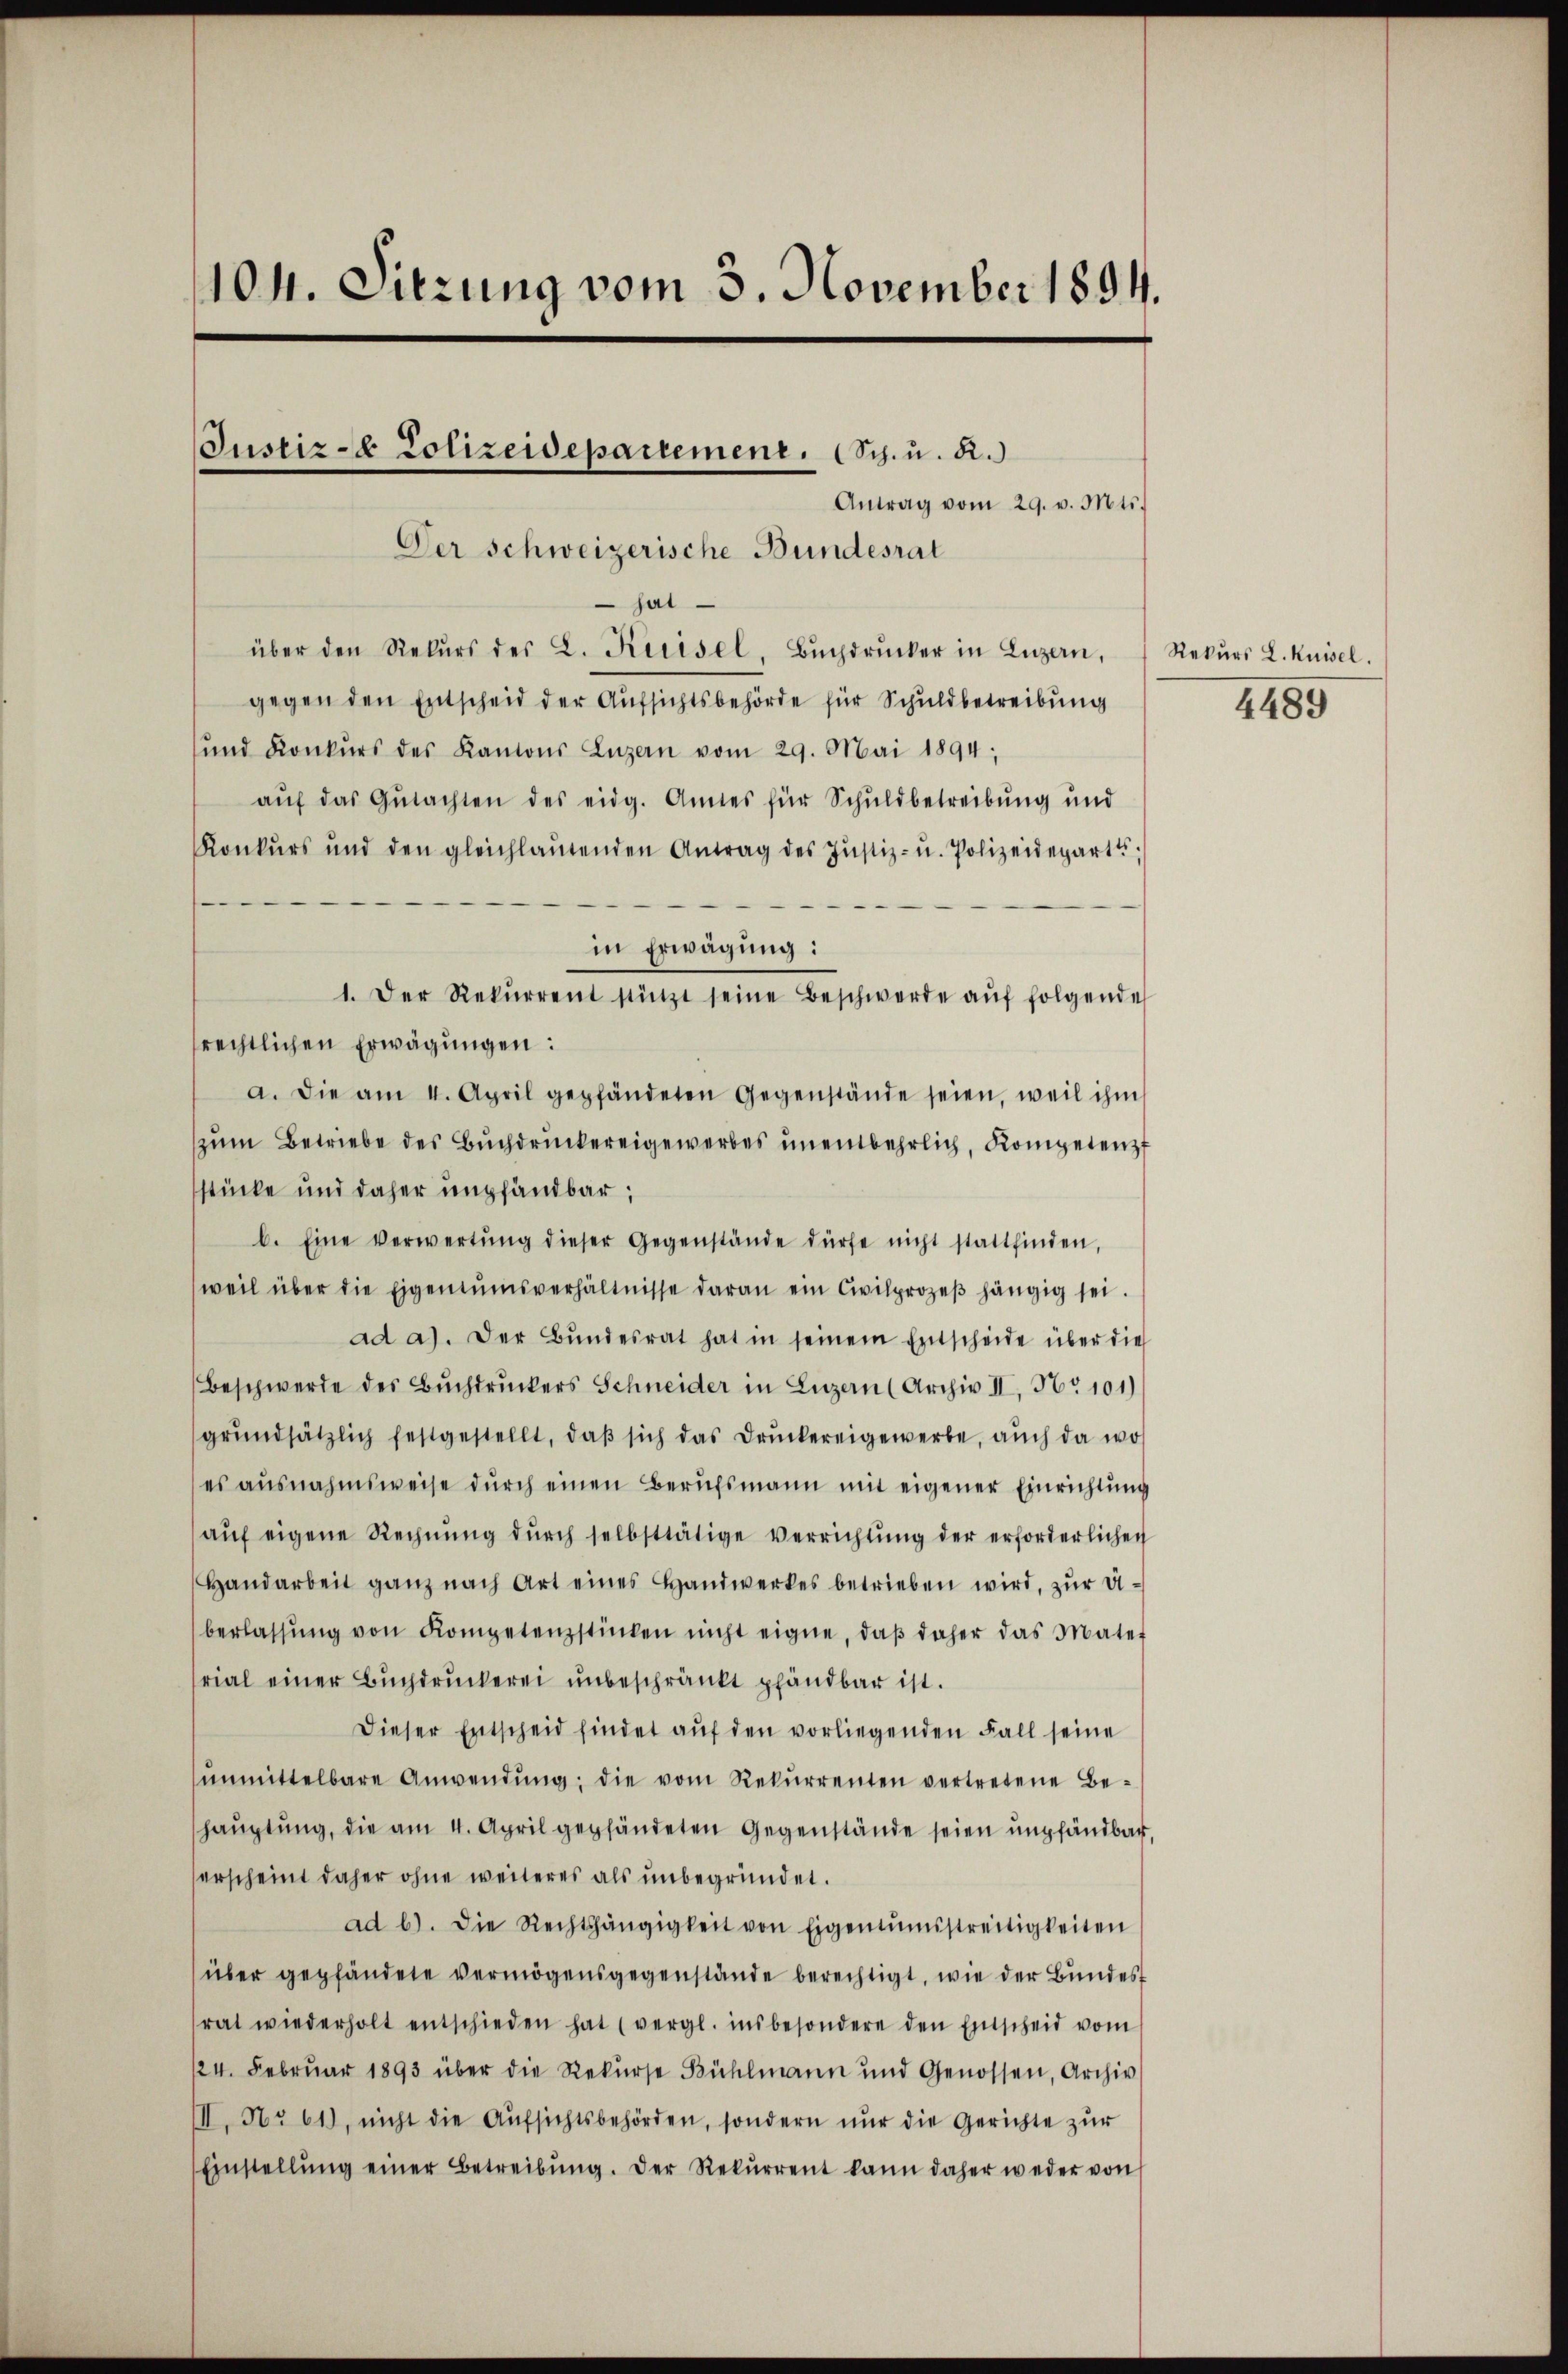
104. Sitzung vom 3. November 1894.

Der Schweizerische Bundesrat
 hat
über den Rekŭrs des L. Keisel, Bŭchdrucker in Luzern,
gegen den Entscheid der Aufsichtsbehörde für Schuldbetreibung
und Konkŭrs des Kantons Luzern vom 29. Mai 1894;
aŭf das Gŭtachten des eidg. Amtes für Schuldbetreibŭng und
Konkurs und den gleichlaŭtenden Antrag des Jŭstiz- u. Polizeidepart,
in Erwägung:
1. Der Rekŭrrent stützt seine Beschwerde aŭf folgende
srechtlichen Erwägungen:
a. Die am 4. April gepfändeten Gegenstände seien, weil ihm
zum Betriebe des Buchdruckereigewerbes unentbehrlich, Kompetenz
stücke und daher empfandbar;
b. Eine verwertŭng dieser Gegenstände dürfe nicht stattfinden,
weil über die Eigentumsverhältnisse daran ein Civilprozeβ hängig sei.
ad a). Der Bŭndesrat hat in seinem Entscheide über die
Beschwerde des Buchdruckers Schneider in Luzern (Archiv II, Nr. 101)
grŭndsätzlich festgestellt, daβ sich das Drŭckereigewerbe, aŭch da wo
es ausnahmsweise dŭrch einen Berŭfsmann mit eigener Einrichtŭng
aŭf eigene Rechnŭng dŭrch selbsttätige Verrichtung der erforderlichen
Handarbeit ganz nach Art eines Handwerkes betrieben wird, zur Viberlassŭng von Kompetenzstücken nicht eigne, daβ daher das Mater
rial einer Bŭchdruckerei unbeschränkt pfändbar ist.
Dieser Entscheid findet auf den vorliegenden Fall seine
ŭnmittelbare Anwendŭng, die vom Rekŭrrenten vertretene Be-
haŭptŭng, die am 4. April gepfändeten Gegenstände seien empfandbar,
erscheint daher ohne weiteres als unbegründet.
ad b). Die Rechtshängigkeit von Eigentumsstreitigkeiten
über gepfändete vermögensgegenstände berechtigt, wie der Bundes
rat wiederholt entschieden hat (vergl. insbesondere den Entscheid vom
124. Februar 1893 über die Rekurse Bühlmann und Genossen, Archiv
III, No 61), nicht die Aŭfsichtsbehörden, sondern nŭr die Gerichte zŭr
Einstellŭng einer Betreibŭng. Der Rekŭrrent kann daher weder von

Justiz- & Polizeidepartement. (Sch. u. R.)
Antrag vom 29. v. Mts.

Rekurs L. Kuisel.

4489